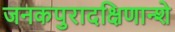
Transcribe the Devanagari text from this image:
जनकपुरादक्षिणान्शे